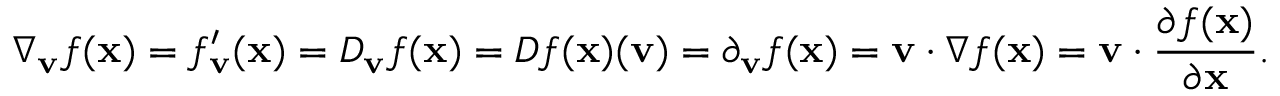
\nabla _ { \mathbf { v } } { f } ( \mathbf { x } ) = f _ { \mathbf { v } } ^ { \prime } ( \mathbf { x } ) = D _ { \mathbf { v } } f ( \mathbf { x } ) = D f ( \mathbf { x } ) ( \mathbf { v } ) = \partial _ { \mathbf { v } } f ( \mathbf { x } ) = \mathbf { v } \cdot { \nabla f ( \mathbf { x } ) } = \mathbf { v } \cdot { \frac { \partial f ( \mathbf { x } ) } { \partial \mathbf { x } } } .